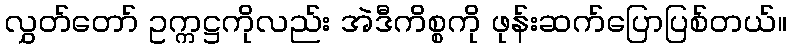
လွှတ်တော် ဥက္ကဋ္ဌကိုလည်း အဲဒီကိစ္စကို ဖုန်းဆက်ပြောပြစ်တယ်။